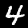
Digit: 4